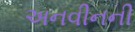
અનવીનની